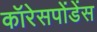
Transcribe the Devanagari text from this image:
कॉरेसपोंडेंस